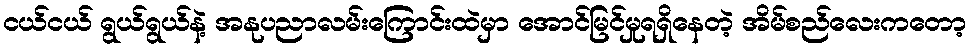
ငယ်ငယ် ရွယ်ရွယ်နဲ့ အနုပညာလမ်းကြောင်းထဲမှာ အောင်မြင်မှုရရှိနေတဲ့ အိမ်စည်လေးကတော့